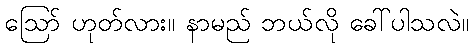
ဪ ဟုတ်လား။ နာမည် ဘယ်လို ခေါ်ပါသလဲ။